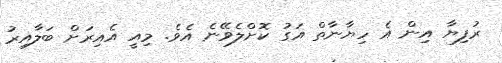
ރުފިޔާ އިން އެ ހިޔާނާތް އަގު ކޮށްލެވޭނެ އެވެ. މިއީ އެއިރަށް ބަލާއިރު